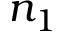
n _ { 1 }